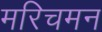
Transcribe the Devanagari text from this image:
मरिचमन